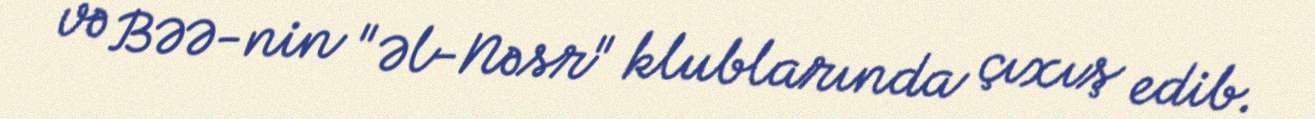
və BƏƏ-nin "Əl-Nəsr" klublarında çıxış edib.